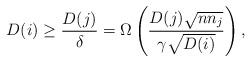
\begin{align*} D(i) \ge \frac{D(j)}{\delta} = \Omega\left(\frac{D(j)\sqrt{n n_j}}{\gamma \sqrt{D(i)}}\right), \end{align*}